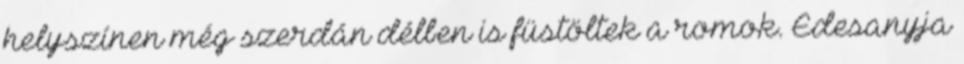
helyszínen még szerdán délben is füstöltek a romok. Édesanyja